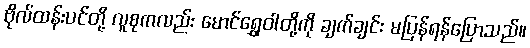
ဗိုလ်ထန်းပင်တို့ လူစုကလည်း မောင်ရွှေဝါတို့ကို ချက်ချင်း မပြန်ရန်ပြောသည်။